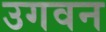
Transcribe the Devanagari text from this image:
उगवन